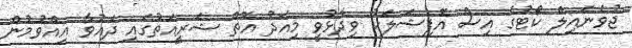
ޖުވެނައިލް ކޯޓުގެ އިސް އޮފިޝަލަކު ވިދާޅުވީ މިއަދު އޮތް ޝަރީއަތުގައި ދައުވާ އިއްވުމުން